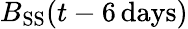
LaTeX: B_{\mathrm{SS}}(t-6\mathrm{\, days})